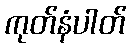
ကုတ်နံပါတ်